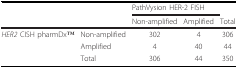
|  |  | <COLSPAN=2> PathVysion HER-2 FISH |  |
 |  |  | Non-amplified | Amplified | Total |
 | --- | --- | --- | --- | --- |
 | HER2 CISH pharmDxTM | Non-amplified | 302 | 4 | 306 |
 |  | Amplified | 4 | 40 | 44 |
 |  | Total | 306 | 44 | 350 |